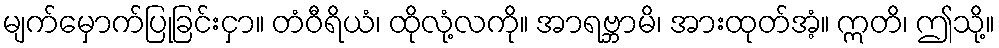
မျက်မှောက်ပြုခြင်းငှာ။ တံဝီရိယံ၊ ထိုလုံ့လကို။ အာရဗ္ဘာမိ၊ အားထုတ်အံ့။ ဣတိ၊ ဤသို့။